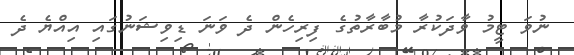
ނުވަ ޓީމު ވާދަކުރާ މުބާރާތުގެ ފިރިހެން ދެ ވަނަ ޑިވިޝަނުގައި އިއްޔެ ދެ